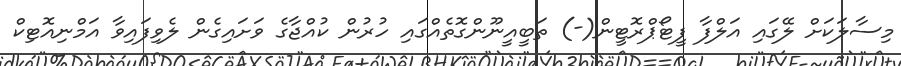
މިސާލަކަށް ލޭގައި އަލްފާ ފީޓޯޕްރޮޓީން(-) ތަބީއީނޫންގޮތެއްގައި ހުރުން ކުއްޖާގެ ވަށައިގެން ލެވިފައިވާ އަމްނިއޮޓިކް